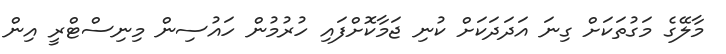
މާލޭގެ މަގުތަކަށް ގިނަ އަދަދަކަށް ކުނި ޖަމާކޮށްފައި ހުރުމުން ހައުސިން މިނިސްޓްރީ އިން